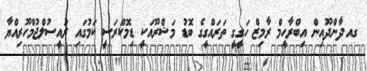
ގއ.ދާންދޫއިން އިބްރާހީމް ރާމިޒް ހަގީގީ ތަރައްގީގެ ބޮޑު މަޝްރޫއަކީ ޑިމޮކްރަސީ ކަމުގައި ރައީސުލްޖުމްހޫރިއްޔާ